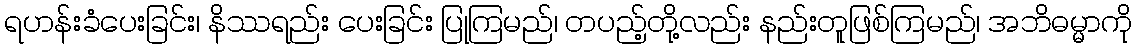
ရဟန်းခံပေးခြင်း၊ နိဿရည်း ပေးခြင်း ပြုကြမည်၊ တပည့်တို့လည်း နည်းတူဖြစ်ကြမည်၊ အဘိဓမ္မာကို